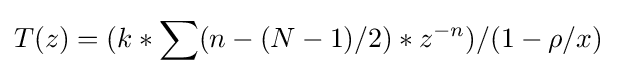
T(z)=(k*\sum (n-(N-1)/2)*z^{-n})/(1-\rho /x)\,\!